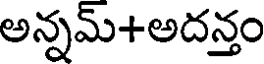
అన్నమ్+అదన్తం